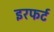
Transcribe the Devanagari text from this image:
इरफर्ट